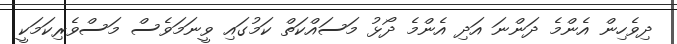
ދިވެހިން އެންމެ ދަންނަ އަދި އެންމެ ދޯޅު މަސައްކަތް ކަމުގައި ވީނަމަވެސް މަސްވެރިކަމަކީ